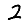
Digit: 2